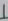
Text: 1